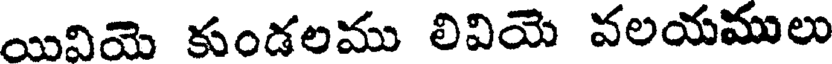
యివియె కుండలము లివియె వలయములు